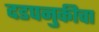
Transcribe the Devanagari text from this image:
दडपनुकीचा